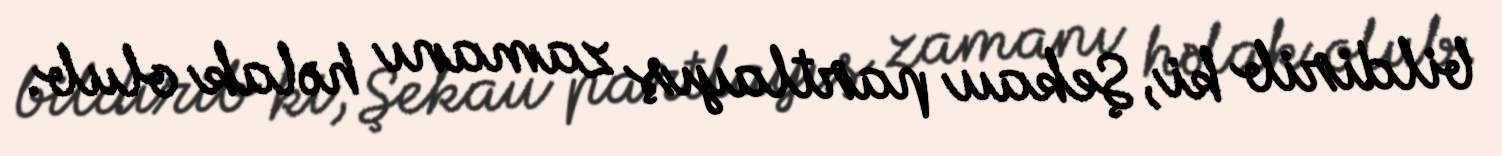
bildirib ki, Şekau partlayış zamanı həlak olub.